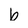
Character: b